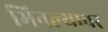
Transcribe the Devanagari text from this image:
भिनल्यावर